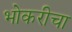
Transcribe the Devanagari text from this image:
भोकरीचा